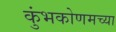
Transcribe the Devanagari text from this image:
कुंभकोणमच्या